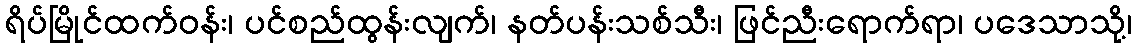
ရိပ်မြိုင်ထက်ဝန်း၊ ပင်စည်ထွန်းလျက်၊ နတ်ပန်းသစ်သီး၊ ဖြင်ညီးရောက်ရာ၊ ပဒေသာသို့၊